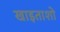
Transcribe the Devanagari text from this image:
खाइताशो